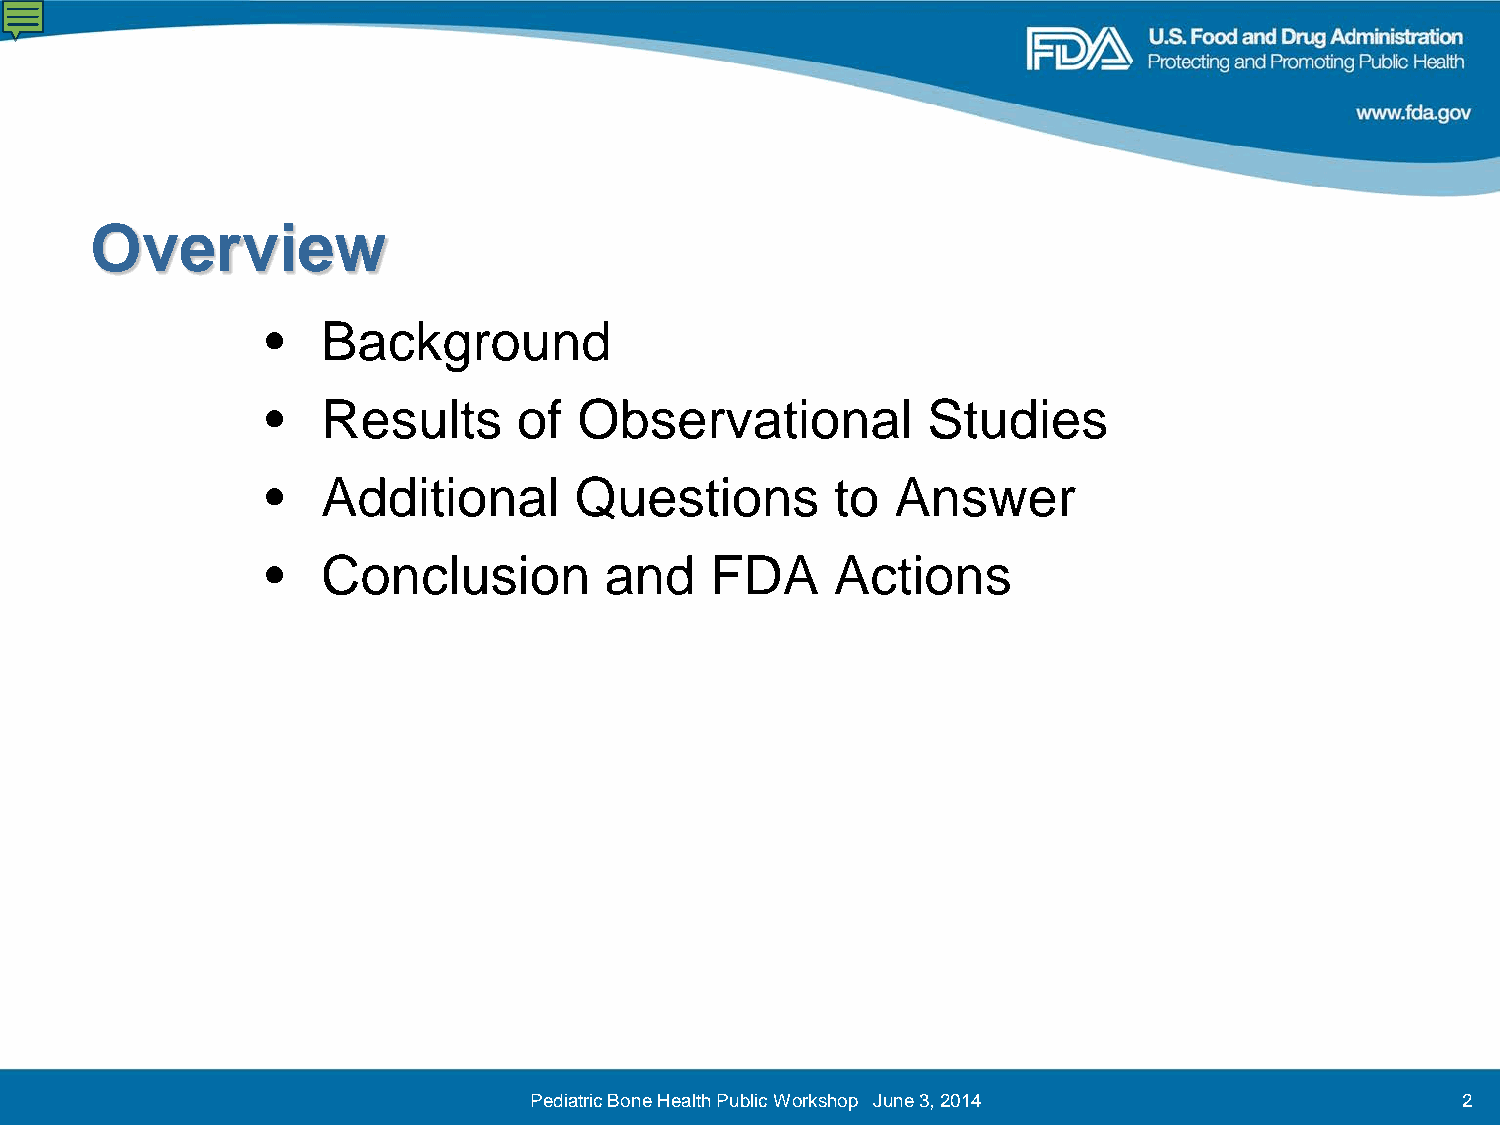
Overview
 •  Background
 •  Results      of  Observational          Studies
 •  Additional       Questions        to  Answer
 •  Conclusion         and    FDA     Actions
 Pediatric Bone Health Public Workshop June 3, 2014            2